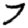
Digit: 7